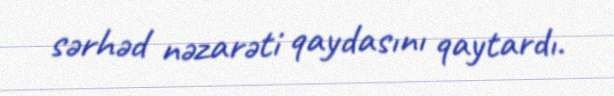
sərhəd nəzarəti qaydasını qaytardı.